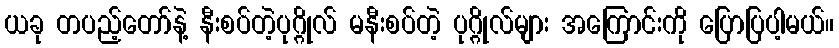
ယခု တပည့်တော်နဲ့ နီးစပ်တဲ့ပုဂ္ဂိုလ် မနီးစပ်တဲ့ ပုဂ္ဂိုလ်များ အကြောင်းကို ပြောပြပါ့မယ်။